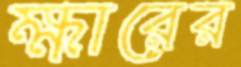
ক্ষারের